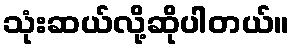
သုံးဆယ်လို့ဆိုပါတယ်။